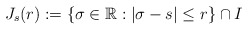
\begin{align*}J_{s}(r):=\left\{\sigma\in \mathbb{R}: |\sigma-s |\le r \right\}\cap I\end{align*}